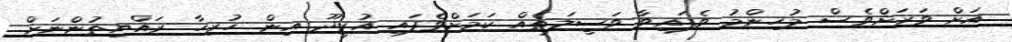
އަށް ވަރަށްވެސް މުހިންމު ވެފައިވާ ވަސީލަތެއް ކަމަށްވެފައި އުރީދޫ އިން ހުރިހާ ރައްޔިތުންނަށް